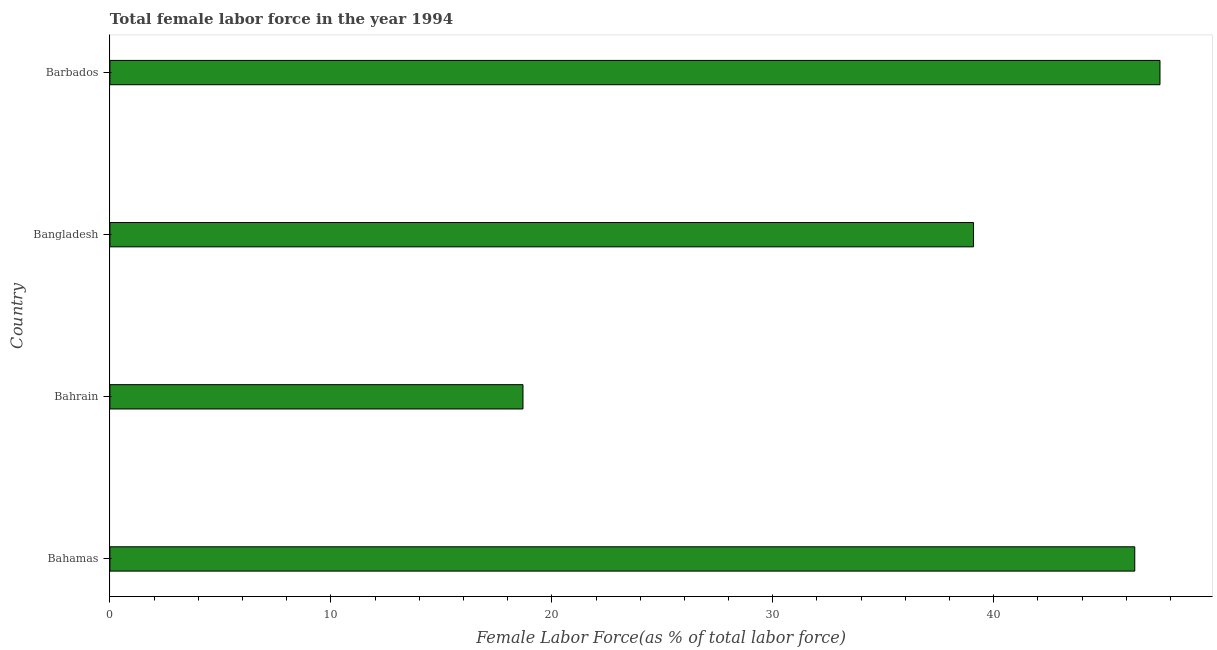
| Country | Female Labor force |
 | --- | --- |
 | Bahamas | 46.4 |
 | Bahrain | 18.7 |
 | Bangladesh | 39.1 |
 | Barbados | 47.5 |